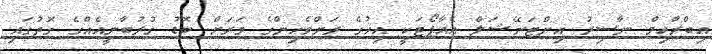
އިބްރާހިމް ނާސިރު އިންޓަނޭޝަލް އެއާޕޯޓަކީ އިހުގެ ރަށްވެހިންގެ ވަރަށް ބޮޑު ގުރުބާނީއެއްގެ ގޮތުގައި